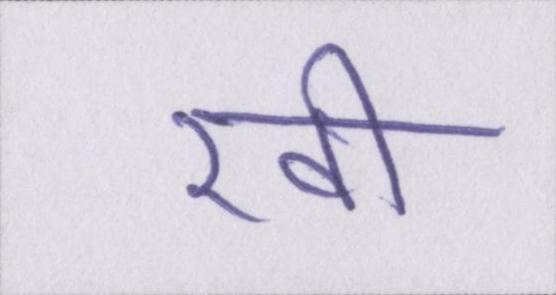
रखी